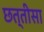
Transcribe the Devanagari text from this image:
छत्तीसा